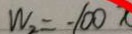
W _ { 2 } = - 1 0 0 x